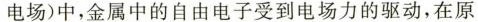
电场)中，金属中的自由电子受到电场力的驱动，在原